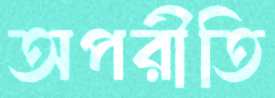
অপরীতি